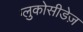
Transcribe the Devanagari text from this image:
ग्लुकोसीडेज़